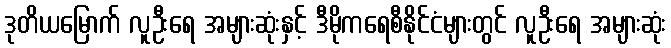
ဒုတိယမြောက် လူဦးရေ အများဆုံးနှင့် ဒီမိုကရေစီနိုင်ငံများတွင် လူဦးရေ အများဆုံး